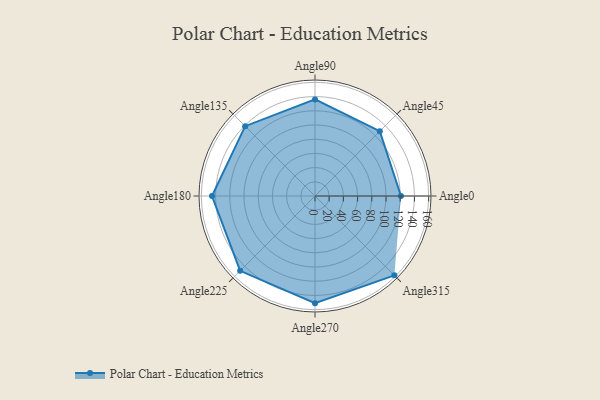
{"axis": {"x": "Angle", "y": "Radius"}, "legend": [""], "data": [{"x": "Angle0", "y": 121.0, "type": ""}, {"x": "Angle45", "y": 129.0, "type": ""}, {"x": "Angle90", "y": 136.0, "type": ""}, {"x": "Angle135", "y": 139.0, "type": ""}, {"x": "Angle180", "y": 145.0, "type": ""}, {"x": "Angle225", "y": 149.0, "type": ""}, {"x": "Angle270", "y": 151.0, "type": ""}, {"x": "Angle315", "y": 158.0, "type": ""}]}